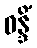
ဝန္ဒိံ